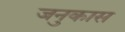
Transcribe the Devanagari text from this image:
जनुकास